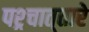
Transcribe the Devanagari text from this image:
पश्र्चात्‌तारे